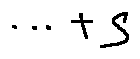
\cdots + s